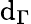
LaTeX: \mathrm{d}_{\Gamma}